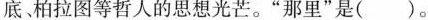
底柏拉图等哲人的思想光芒。”那里”是()。